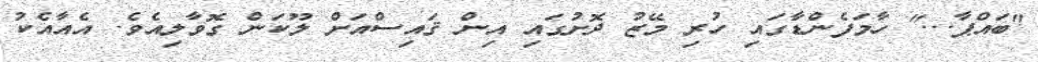
"ބައްޕާ..." ހާމަފެންޑާގައި ހުރި މޭޒު ދޮށުގައި އިން ޤައިސްއަށް ލޫކަން ގޮވާލިއެވެ. އެއާއެކު